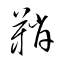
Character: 鞘